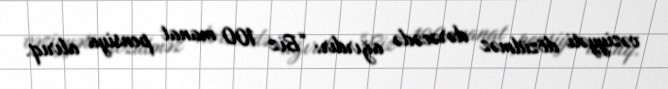
vəziyyəti dözülməz dərəcədə ağırdır: “Biz 100 manat pensiya alırıq.